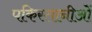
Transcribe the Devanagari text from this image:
पकिस्तानीओं